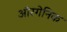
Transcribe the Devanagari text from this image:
ऑरगेनिक